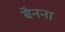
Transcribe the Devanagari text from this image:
बैनना